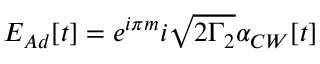
E _ { A d } [ t ] = e ^ { i \pi m } i \sqrt { 2 \Gamma _ { 2 } } \alpha _ { C W } [ t ]